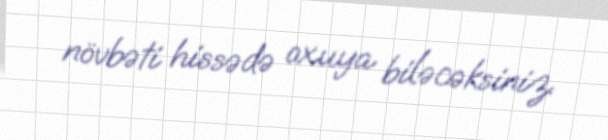
növbəti hissədə oxuya biləcəksiniz.